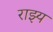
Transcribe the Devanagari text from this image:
राझ्य